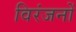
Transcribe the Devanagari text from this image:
विरंजनों